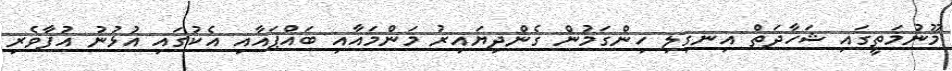
މޫނުމަތީގައި ޝަހާދަތް އިނގިލި ހިންގަމުން ގެންދިޔައިރު މަންމައާއި ބައްޕައާއި އެކުގައި އުޅުނު އުފާވެރި